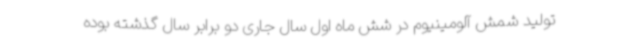
تولید شمش آلومینیوم در شش ماه اول سال جاری دو برابر سال گذشته بوده